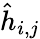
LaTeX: \hat{h}_{i,j}